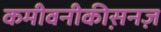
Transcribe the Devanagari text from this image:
कमीवनीकीस़नज़